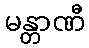
မန္တာဏီ